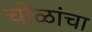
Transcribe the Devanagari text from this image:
चोळांचा